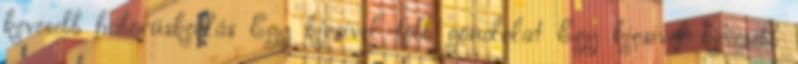
kevesebb háborúskodás Egy kicsivel több gondolat Egy kicsivel kevesebb